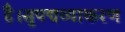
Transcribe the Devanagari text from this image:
है।सुपद्मव्याकरण